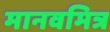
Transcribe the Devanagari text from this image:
मानवमित्र